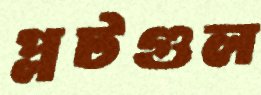
প্লটগুল